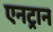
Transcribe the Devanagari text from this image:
एनट्रान